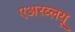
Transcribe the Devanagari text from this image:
एअरब्लयू